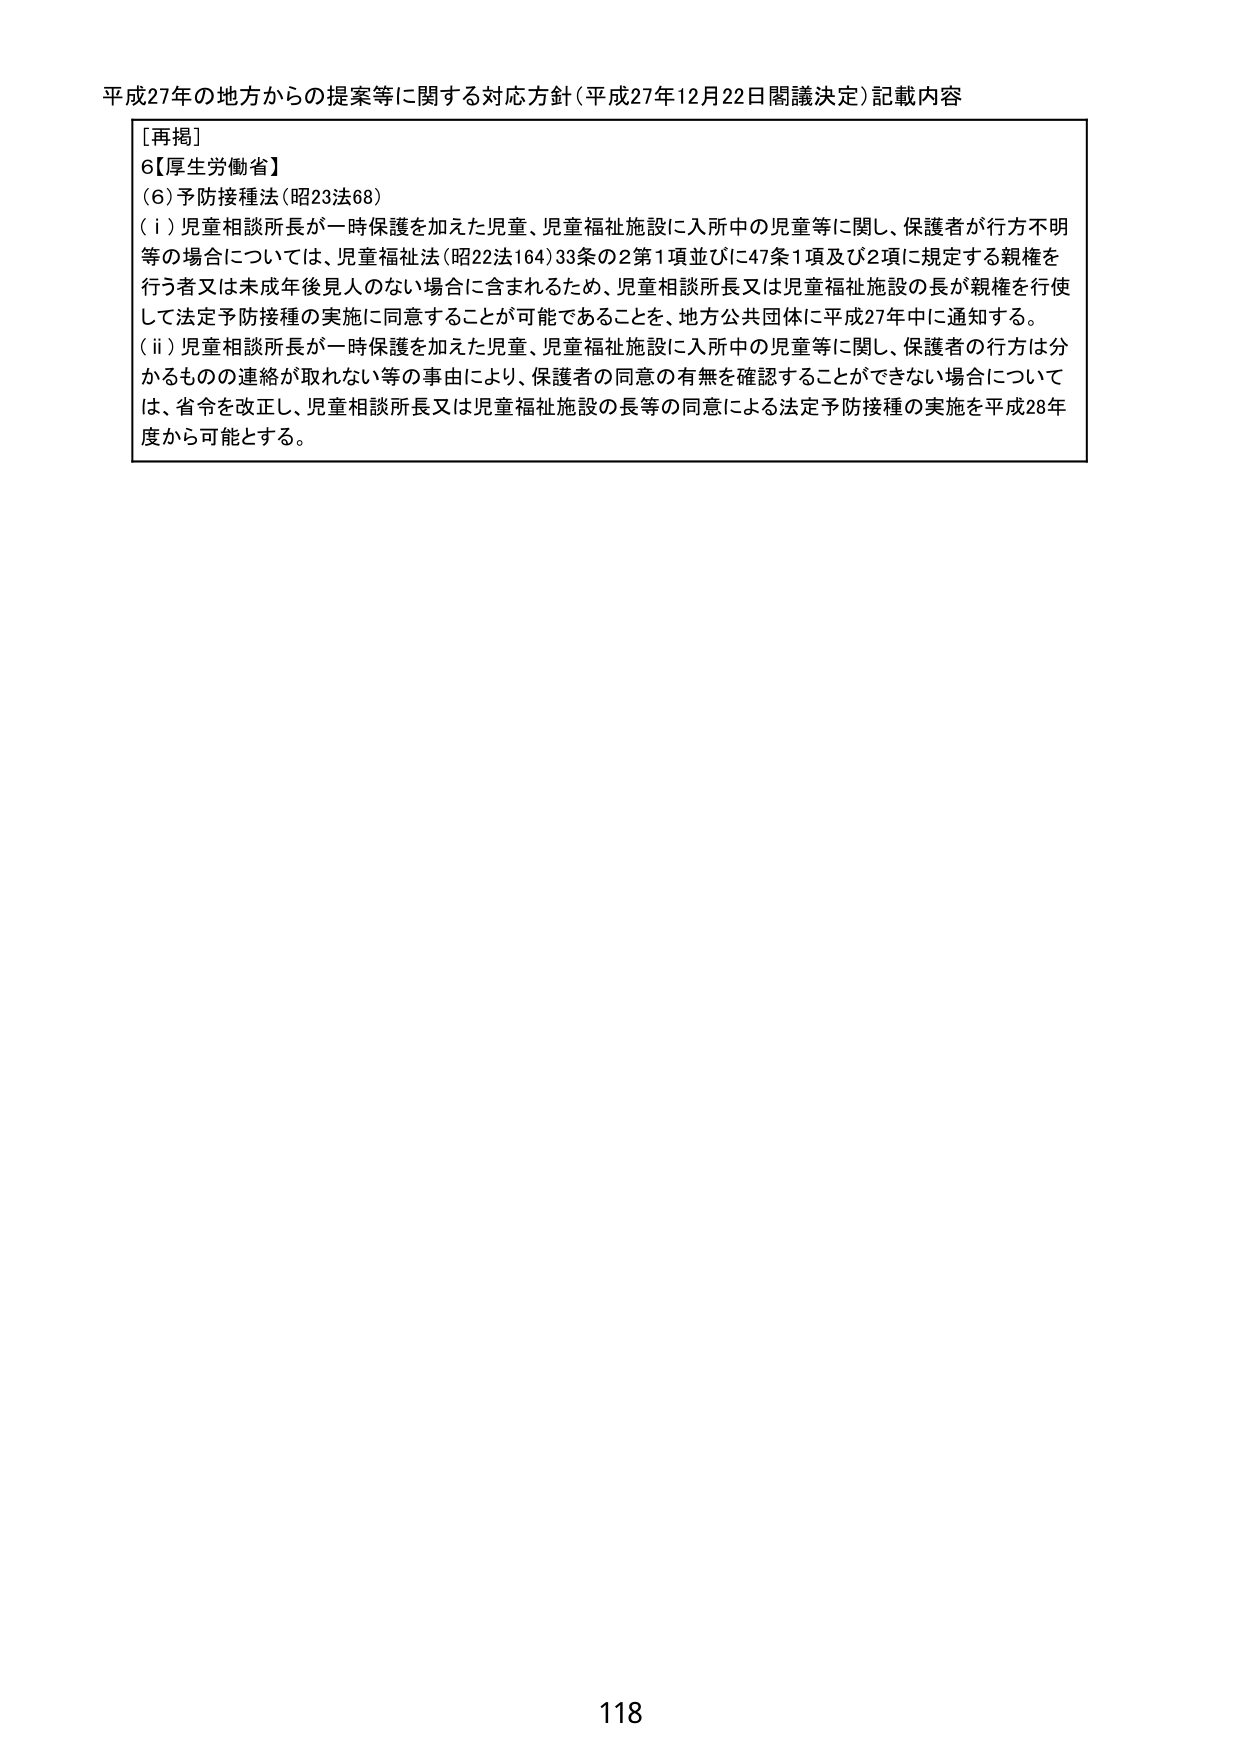
平成27年の地方からの提案等に関する対応方針（平成27年12月22日閣議決定）記載内容

[再掲]
6【厚生労働省】
(6) 予防接種法（昭23法68）
(i) 児童相談所長が一時保護を加えた児童、児童福祉施設に入所中の児童等に関し、保護者が行方不明等の場合については、児童福祉法（昭22法164）33条の2第1項並びに47条1項及び2項に規定する親権を行う者又は未成年後見人のない場合に含まれるため、児童相談所長又は児童福祉施設の長が親権を行使して法定予防接種の実施に同意することが可能であることを、地方公共団体に平成27年中に通知する。
(ii) 児童相談所長が一時保護を加えた児童、児童福祉施設に入所中の児童等に関し、保護者の行方は分かるものの連絡が取れない等の事由により、保護者の同意の有無を確認することができない場合については、省令を改正し、児童相談所長又は児童福祉施設の長等の同意による法定予防接種の実施を平成28年度から可能とする。

118